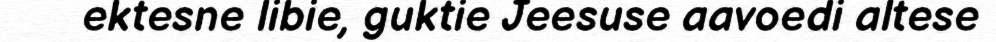
ektesne libie, guktie Jeesuse aavoedi altese